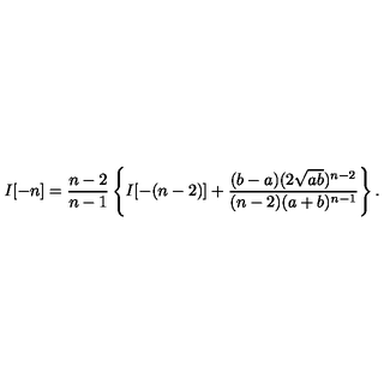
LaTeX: I [ - n ] = \frac { n - 2 } { n - 1 } \left\{ I [ - ( n - 2 ) ] + \frac { ( b - a ) ( 2 \sqrt { a b } ) ^ { n - 2 } } { ( n - 2 ) ( a + b ) ^ { n - 1 } } \right\} .